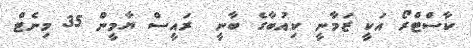
ކާސްޓްރޯ އަކީ ޒަމާނީ ކިއުބާގެ ބާނީ  ރައީސް ޔާމީން 35 މިނެޓް